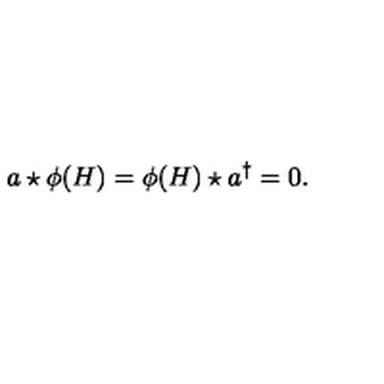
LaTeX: a \star \phi ( H ) = \phi ( H ) \star { a ^ { \dagger } } = 0 .